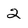
Character: 2